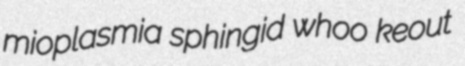
mioplasmia sphingid whoo keout